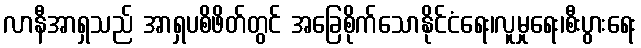
လာနီအာရှသည် အာရှပစိဖိတ်တွင် အခြေစိုက်သောနိုင်ငံရေး၊လူမှုရေး၊စီးပွားရေး